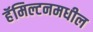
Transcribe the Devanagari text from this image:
हॅमिल्टनमधील